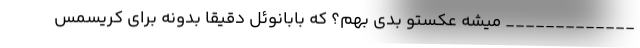
_____________ میشه عکستو بدی بهم؟ که بابانوئل دقیقا بدونه برای کریسمس